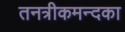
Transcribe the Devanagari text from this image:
तनत्रीकमन्दका